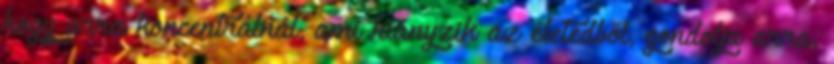
hogy arra koncentrálnál, ami hiányzik az életedből, gondolja arra,